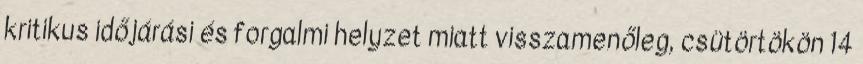
kritikus időjárási és forgalmi helyzet miatt visszamenőleg, csütörtökön 14